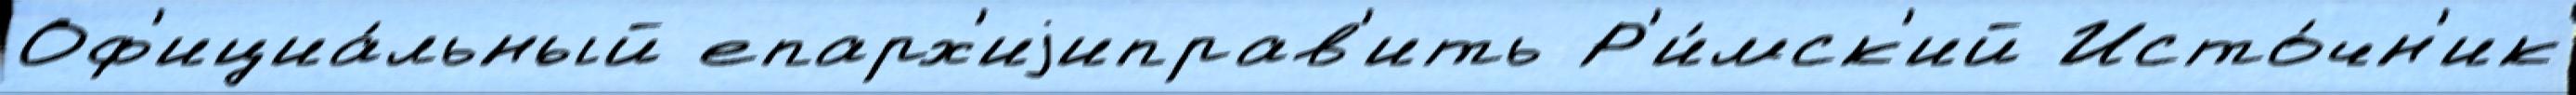
Оф'ициа́льный епарх'иjиправ'ить Р'и́мск'ий Исто́чн'ик